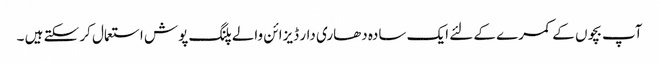
آپ بچوں کے کمرے کے لئے ایک سادہ دھاری دار ڈیزائن والے پلنگ پوش استعمال کر سکتے ہیں ۔